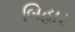
બિહાર